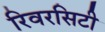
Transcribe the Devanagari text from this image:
रिवरसिटी